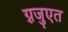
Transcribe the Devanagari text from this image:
ग़्रजुएत